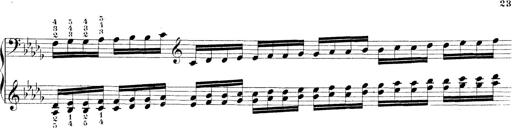
Title: Technische Studien
Composer: Franz Liszt